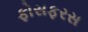
ફોસફરસ